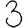
Digit: 3